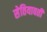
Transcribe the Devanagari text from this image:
सेतियावती